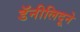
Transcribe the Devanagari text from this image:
डॅनीलिदूने